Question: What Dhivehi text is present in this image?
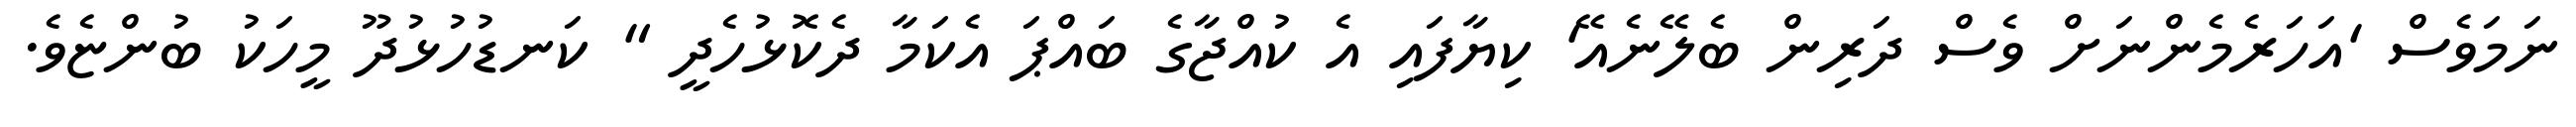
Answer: ނަމަވެސް 'އަހަރެމެންނަށް ވެސް ދަރިން ބެލޭނެއޭ' ކިޔާފައި އެ ކުއްޖާގެ ބައްޕަ އެކަމާ ދެކޮޅުހެދީ " ކަނޑުހުޅުދޫ މީހަކު ބުންޏެވެ.